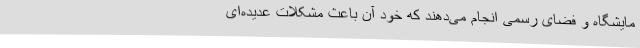
مایشگاه و فضای رسمی انجام می‌دهند که خود آن باعث مشکلات عدیده‌ای